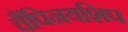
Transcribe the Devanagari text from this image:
चैंपिनयशिप